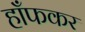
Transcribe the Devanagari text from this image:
हाँफकर